Calcutta medical institutions reports 1892-1900
Year: 1892
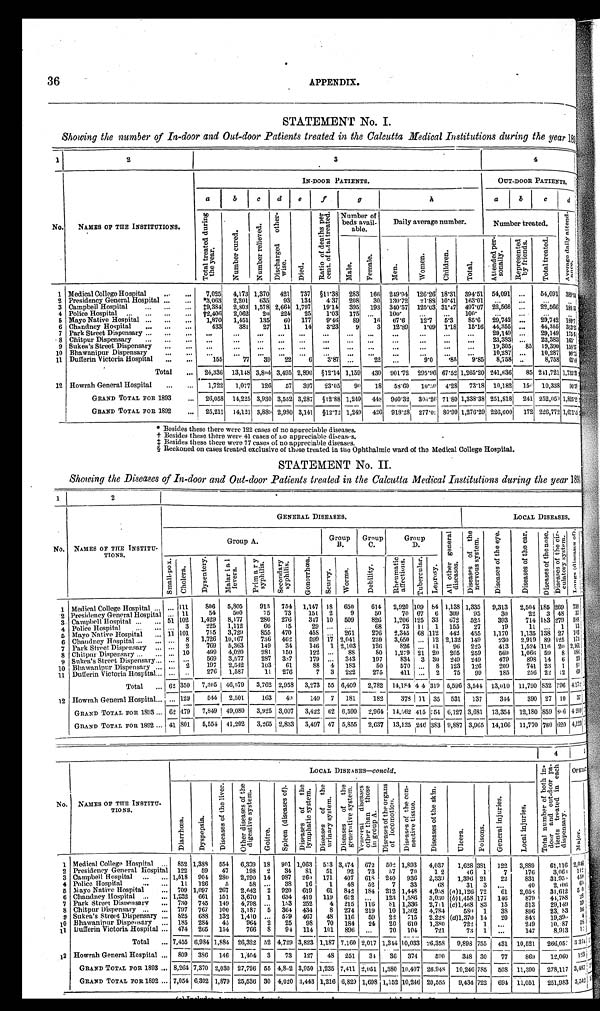
36
APPENDIX.
STATEMENT No. I.
Showing the number of In-door and Out-door Patients treated in the Calcutta Medical Institutions during the year 1803
1
2
3
4
No. NAMES OF THE INSTITUTIONS.
IN-DOOR PATIENTS.
OUT-DOOR PATIENTS.
a
b
c
d
e
f
g
h
a
b
c d
T o t a l t r e a t e d d u r i n g t h e y e a r .
N u m b e r c u r e d .
N u m b e r r e l i e v e d .
D i s c h a r g e d o t h e r - w i s e .
D i e d .
R a t i o o f d e a t h s p e r c e n t . o f t o t a l t r e a t e d . Number of
beds avail-
able.
Daily average number.
Number treated.
A v e r a g e d a i l y a t t e n d - a n c e .
M a l e .
Femal e.
M e n .
W o m e n .
Ch i l d r e n .
T o t a l .
A t t e n d e d p e r - s o n a l l y .
R e p r e s e n t e d b y f r i e n d s .
T o t a l t r e a t e d .
1 Medical College Hospital
... ... 7,025 4,173 1,370 421 737 §11.38 283 166 249.94 126.26
18.31 394.51 54,091 ...
54,091
3 8 9 0 0
2 Presidency General Hospital ... ... *3,063 2,201 635 93 134 4.3 7 208 30 130.72 21.881 10.41 163.01 ...
...
...
. . .
3 Campbell Hospital
... ... ...
‡9,384 2,803 1,578 2,664 1,797 19.14 395 193 340.57 125.03 31.47 497.07 22,566 ... 22,566 1 8 8 . 5 5
4 Police Hospital ... ... ... ...
†2,406 2,062 20 224 25 1.03 175
. . . 100. ... ...
100 ...
. . . ...
. . .
5 Mayo Native Hospital ... ... ... 1,870 1,451 135 60 177 9.46 89 1 6
67.6 12. 7
5.3
85. 6 29,742
... 29,742 189.7
6 Chandney Hospital ... ...
. . .
433
381 27 11 14 3.23 9
3 12.89
1.09 1.18 15.16 44,355 ... 44,355 313.23
7 Park Street Dispensary ... . . .
. . .
. . . ...
... ... ...
...
... ...
. . .
... ... ...
29,149 ...
29,149 175.6
8 Chitpur Dispensary ... . . .
...
. . . ...
... ... ...
...
... ...
...
...
...
...
23,383 ...
23,383
1 6 5 .
9 Sukea's Street Dispensary ... ...
. . .
. . . ... ... ...
. . . ... ...
...
... ... ...
19,305 85 19,390 158.37
10 Bhawanipur Dispensary
. . . ...
. . . ...
... ... ...
...
... ...
...
...
...
...
10,287 ... 10,287
9 0 . 7 5
11 Dufferin Victoria Hospital ... ...
155
77 39 22
6 3.87 ...
22 ...
9.0
. 8 5 9.85 8,758 ..
8,758
6 5 . 0 9
Total ... 24,336 13,148 3,804 3,495 2,890 §12.14 1,159 430 901.72 295.96 67.52 1,265.20 241,636 85 241,721 1,735.33
12 Howrah General Hospital . . .
... 1,722 1,077 126 57 397 23.05 90 18 58.60
10.30 4.28 73.18 10,1821 156 10,338 90. 59
GRAND TOTAL FOR 1893
... 26,058 14,225 3,930 3,552 3,287 §12.88 1,249 448 960.32 306.26 71.80 1,338.38 251,8181 241 252,059 1,825.92
GRAND TOTAL FOR 1892
... 25,211 14,121 3,889 2,980 3,141 §12.72 1,249 426 918.28 277.02 80.99 1,276.29 226,600 172 226,772 1,671.03
* Besides these there were 122 cases of no appreciable diseases.
† B e s i d e s t h e s e t h e r e w e r e 4 1 c a s e s o f n o a p p r e c i a b l e d i s e a s e s .
‡ B e s i d e s t h e s e t h e r e w e r e 7 7 c a s e s o f n o a p p r e c i a b l e d i s e a s e s .
§ Reckoned on cases t r eat ed excl usi ve of t hose t r eat ed i n t he Opht hal mi c war d of t he Medi cal Col l ege Hospi t al .
STATEMENT No. II.
Showing the Diseases of In-door and Out-door Patients treated in the Calcutta Medical Institutions during the year 1893
1
2
NAMES OF THE INSTITU-
TIONS.
GENERAL DISEASES.
LOCAL DISEASES.
No.
Group A.
Group
B.
Group
C.
Group
D.
A l l o t h e r g e n e r a l d i s e a s e s .
D i s e a s e s o f t h e n e r v o u s s y s t e m .
D i s e a s e s o f t h e e y e . D i s e a s e s o f t h e e a r .
D i s e a s e s o f t h e n o s e .
D i s e a s e s o f t h e c i r - c u l a t o r y s y s t e m . L u n g s ( d i s e a s e s o f ) .
S m a l l - p o x .
C h o l e r a .
D y s e n t e r y . M a l a r i a l f e v e r s .
P r i m a r y s y p h i l i s .
S e c o n d a r y s y p h i l i s .
G o n o r r h œ a .
S c u r v y .
W o r m s .
D e b i l i t y .
R h e u m a t i c a f f e c t i o n s .
T u b e r c u l a r . L e p r o s y .
1 Medical College Hospital ... ... 111
806 5,805
913 754 1,147 18 650
614 2,920 109 84 1,138 1,335 9,313 2,504 185 269 738
2 Presidency General Hospital ... 11
54
500
75 73
151 2
9
50
70 67 6 309 95
30
22 3 48
3 7
3 Campbell Hospital ... ... 51 102 1,429 8,177
286 276
34.7 10 509
826 1,206 125 33 672 525
393
714 183 279 588
4 Police Hospital
... ... ... 3
225 1,112
66 15
29 ...
. . .
68
73 11 1 155 27
19
11 ... 1 13
5 Mayo Native Hospital
. . . 11 101
755 3,729
855 470
458
. . . 261
276 2,345 68 112 442 455 1,170 1,135 138 27 103
6 Chandney Hospital ... ... ... 8 1,726
10,167
736 462
599 17 2,041
220 3,650
. . . 12 2,132 149
230 2,919 89 125 173
7 Park Street Dispensary ... ... 2
769 5,363
149 34
146 1 2,103
126
826 ... 11 96 225
413 1,524 116 20 2, 161
8 Chitpur Dispensary ... ... . . . 10
499 4,020
281 150
122 ... 88
8 0 1,279 21 20 205 259
569 1,066 59 8 186
9 Sukea's Street Dispensary . . . ... . . . 569 3,577
287 337
179 ... 343
197
834 3 30 249 249
479
898 14 6 23
10 Bhawanipur Dispensary ... ... 2
197 2,542
103 61
88 4 183
50
570 ... 8 123 126
209
741 23 1
8 1
11 Dufferin Victoria Hospital . . . ...
. . . 276 1,587
11 276
7 3 222
275
411 ... 2 75 99
185
256 22 1 2 69
Total ... 62 350 7,305 46,579 3,762 2,958 3,273 55 6,409 2,782 14,184 44 319 5,596 3,544 13,010 11,790 832 796 4.172
12 Howrah General Hospital . . . ... 129
544 2,501
163
4 9 149 7 181
182
378 11 35 531 137
344 390 27 10 37
GRAND TOTAL FOR 1893 ... 62 479 17,849 49,080 3,925 3,007 3,422 62 6,590 2,964 14,562 415
3 5 4 6,127 3,681 13,354 12,180 859 8 0 6 4209
GRAND TOTAL FOR 1892 ... 41 801 5,554 41,202 3,265 2,833 3,497 47 5,855 2,637 13,125 246 383 19,887 3,965 14,166 11,770 780 620 4,123 1
4
5
No. NAMES OF THE INSTITU-
TIONS.
LOCAL DISE A S E S —
c o n c l d .
T o t a l n u m b e r o f b o t h i n - d o o r a n d o u t - d o o r p a - t i e n t s t r e a t e d i n e a c h d i s p e n s a r y .
O P E R A
D i a r r h œ a .
D y s p e p s i a .
D i s e a s e s o f t h e l i v e r .
O t h e r d i s e a s e s o f t h e d i g e s t i v e s y s t e m .
G o i t r e .
S p l e e n ( d i s e a s e s o f ) . D i s e a s e s o f t h e l y m p h a t i c s y s t e m .
D i s e a s e s o f t h e u r i n a r y s y s t e m .
D i s e a s e s o f t h e g e n e r a t i v e s y s t e m . V e n e r e a l d i s e a s e s o t h e r t h a n t h o s e i n g r o u p A . D i s e a s e s o f t h e o r g a n s o f l o c o m o t i o n .
D i s e a s e s o f t h e c o n - n e c t i v e t i s s u e .
D i s e a s e s o f t h e s k i n .
U l c e r s .
P o i s o n s .
G e n e r a l i n j u r i e s .
L o c a l i n j u r i e s .
M a j o r .
1 Medical College Hospital . . . 852 1,388 554 6,339 18 901 1,063 553 3,474 672 502 1,893 4,037 1,628 381 122 3,889
61,116 2,046
2 Presidency General Hospital 122 59 47
198 2 34 81 51 92 73 57 70
1 2
46 1
7
176
3,065 112
3 Campbell Hospital ... ... 1,518 904 280 2,290 14 987 260 171 407 618 240 936 2,339 1,396 21 22
831 31.95 459
4 Police Hospital
... ... 11 126
5
58 ... 38 16
1 48 52
7 33
68
31 3
. . . 40
2,106 61
5 Mayo Native Hospital
... 709 1,097 267 2,642 2 920 619 61 842 184 212 1,448 4,958 (a)1,126 72 61 2,053 31,612 50
6 Chandney Hospital ... ... 1,232 661 151 3,670 1
6 3 4 419 119 612 ... 123 1,586 3,030 (b)1,458 177 146
879 44,788 2 8
7 Park Street Dispensary ... 730 745 149 4,798 ... 153 252
4 215 116
8 1 1,336 2,711 (c)1,468 83 15
513 29,149
1 9
8 Chitpur Dispensary ... ... 797 767 100 3,187 5 364 434
8 274 219 10 1,302 4,784
580 1 38
896 23, 83
1 6
9 Sukea's Street Dispensary ... 825 688 132 1,410 ... 579 467 48 116 59 22 715 2,228 (d)1,370 14 20
843 19,390 4
10 Bhawanipur Dispensary ... 185 284 45
964 2 25 98 70 184 24 20 610 1,380
722 1
. . . 249
10, :87 58
11 Dufferin Victoria Hospital ... 474 265 154
766
8 94 114 101 896 ...
70 104 721
73 1 ...
147
8,913
1
Total ... 7,455 6,984 1,884 26,322 52 4,729 3,823 1,187 7,160 2,017 1,344 10,033 26,358 9,898 755 431 10,521 266,057
3 3 6 4
12 Howrah General Hospital ... 809 386 146 1,404 3 73 127 48 251 34 36 374
590
348 30 77
869 12,060 123
GRAND TOTAL FOR 1893 ... 8,264 7,370 2,030 27,726 55 4,8:2 3,950 1,235 7,411 2,051 1,380 10,407 26.948 10,246 785 508 11,390 278,117 3,487
GRAND TOTAL FOR 1892 ... 7,054 6,302 1,879 25,536 30 4,020 3,443 1,216 6,829 1,698 1,152 10,246 20,555 9,434 722
694 11,051 251,983 3,542